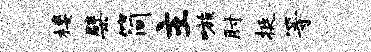
楼檗简主嗾肘挺等